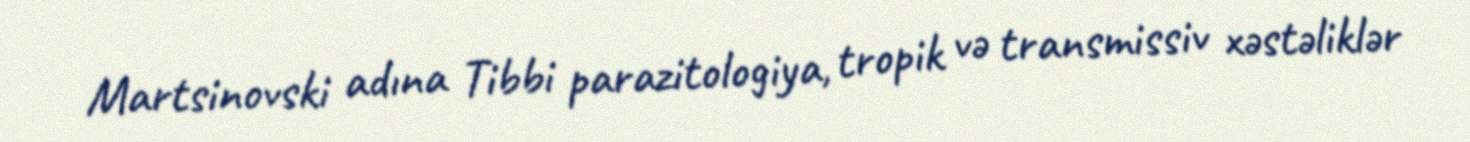
Martsinovski adına Tibbi parazitologiya, tropik və transmissiv xəstəliklər